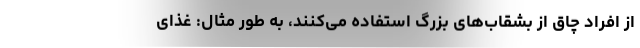
از افراد چاق از بشقاب‌های بزرگ استفاده می‌کنند، به طور مثال: غذای